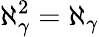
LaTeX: \aleph_{\gamma}^{2}=\aleph_{\gamma}